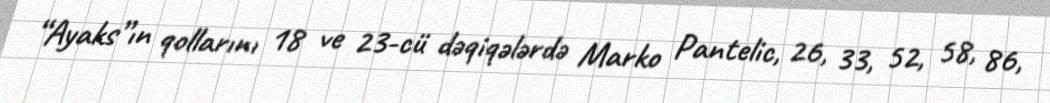
“Ayaks”ın qollarını 18 ve 23-cü dəqiqələrdə Marko Pantelic, 26, 33, 52, 58, 86,